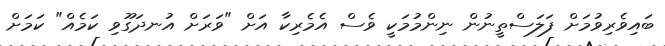
ބައިވެރިވުމަށް ފަލަސްތީނުން ނިންމުމަކީ ވެސް އެމެރިކާ އަށް "ވަރަށް އުނދަގޫވި ކަމެއް" ކަމަށް